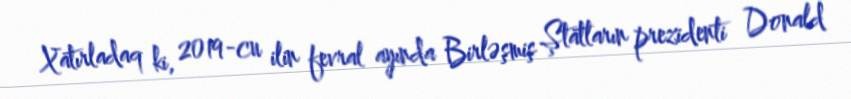
Xatırladaq ki, 2019-cu ilin fevral ayında Birləşmiş Ştatların prezidenti Donald